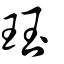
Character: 珏